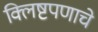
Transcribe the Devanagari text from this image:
क्लिष्टपणाचे